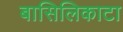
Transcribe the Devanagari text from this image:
बासिलिकाटा